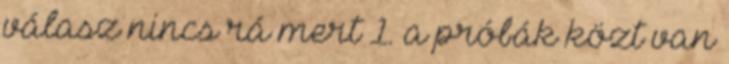
válasz nincs rá mert 1. a próbák közt van